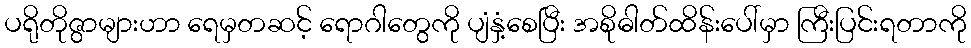
ပရိုတိုဇွာများဟာ ရေမှတဆင့် ရောဂါတွေကို ပျံနှံ့စေပြီး အစိုဓါတ်ထိန်းပေါ်မှာ ကြီးပြင်းရတာကို